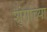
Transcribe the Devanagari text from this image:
शुंगांच्या